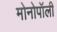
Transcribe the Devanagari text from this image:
मोनोपॉली